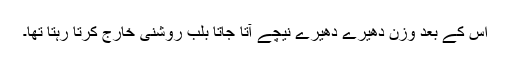
اس کے بعد وزن دھیرے دھیرے نیچے آتا جاتا بلب روشنی خارج کرتا رہتا تھا۔